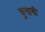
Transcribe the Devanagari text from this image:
चुगानी